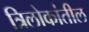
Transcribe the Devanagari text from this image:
त्रिलोकांतील